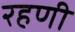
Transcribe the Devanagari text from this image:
रहणी